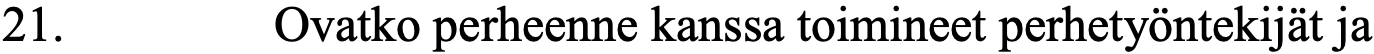
21.      Ovatko perheenne kanssa toimineet perhetyöntekijät ja